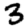
Digit: 3